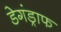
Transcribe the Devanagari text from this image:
डेगंड्राफ